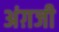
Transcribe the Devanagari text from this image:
अंग़जी